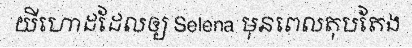
យីហោដដែលឲ្យ Selena មុនពេលតុបតែង